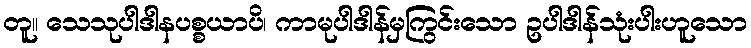
တူ။ သေသုပါဒါနပစ္စယာပိ၊ ကာမုပါဒါန်မှကြွင်းသော ဥပါဒါန်သုံးပါးဟူသော